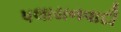
પલાયનવાદી